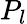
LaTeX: P_{l}